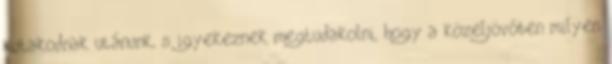
kutakodnak utánunk, s igyekeznek megtudakolni, hogy a közeljövőben milyen